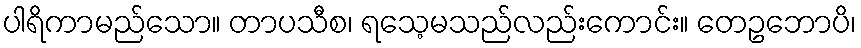
ပါရိကာမည်သော။ တာပသီစ၊ ရသေ့မသည်လည်းကောင်း။ တေဥဘောပိ၊